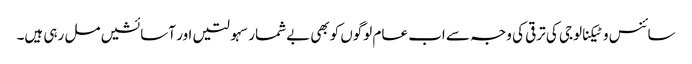
سائنس وٹیکنالوجی کی ترقی کی وجہ سے اب عام لوگوں کوبھی بےشمار سہولتیں اور آسائشیں مل رہی ہیں۔